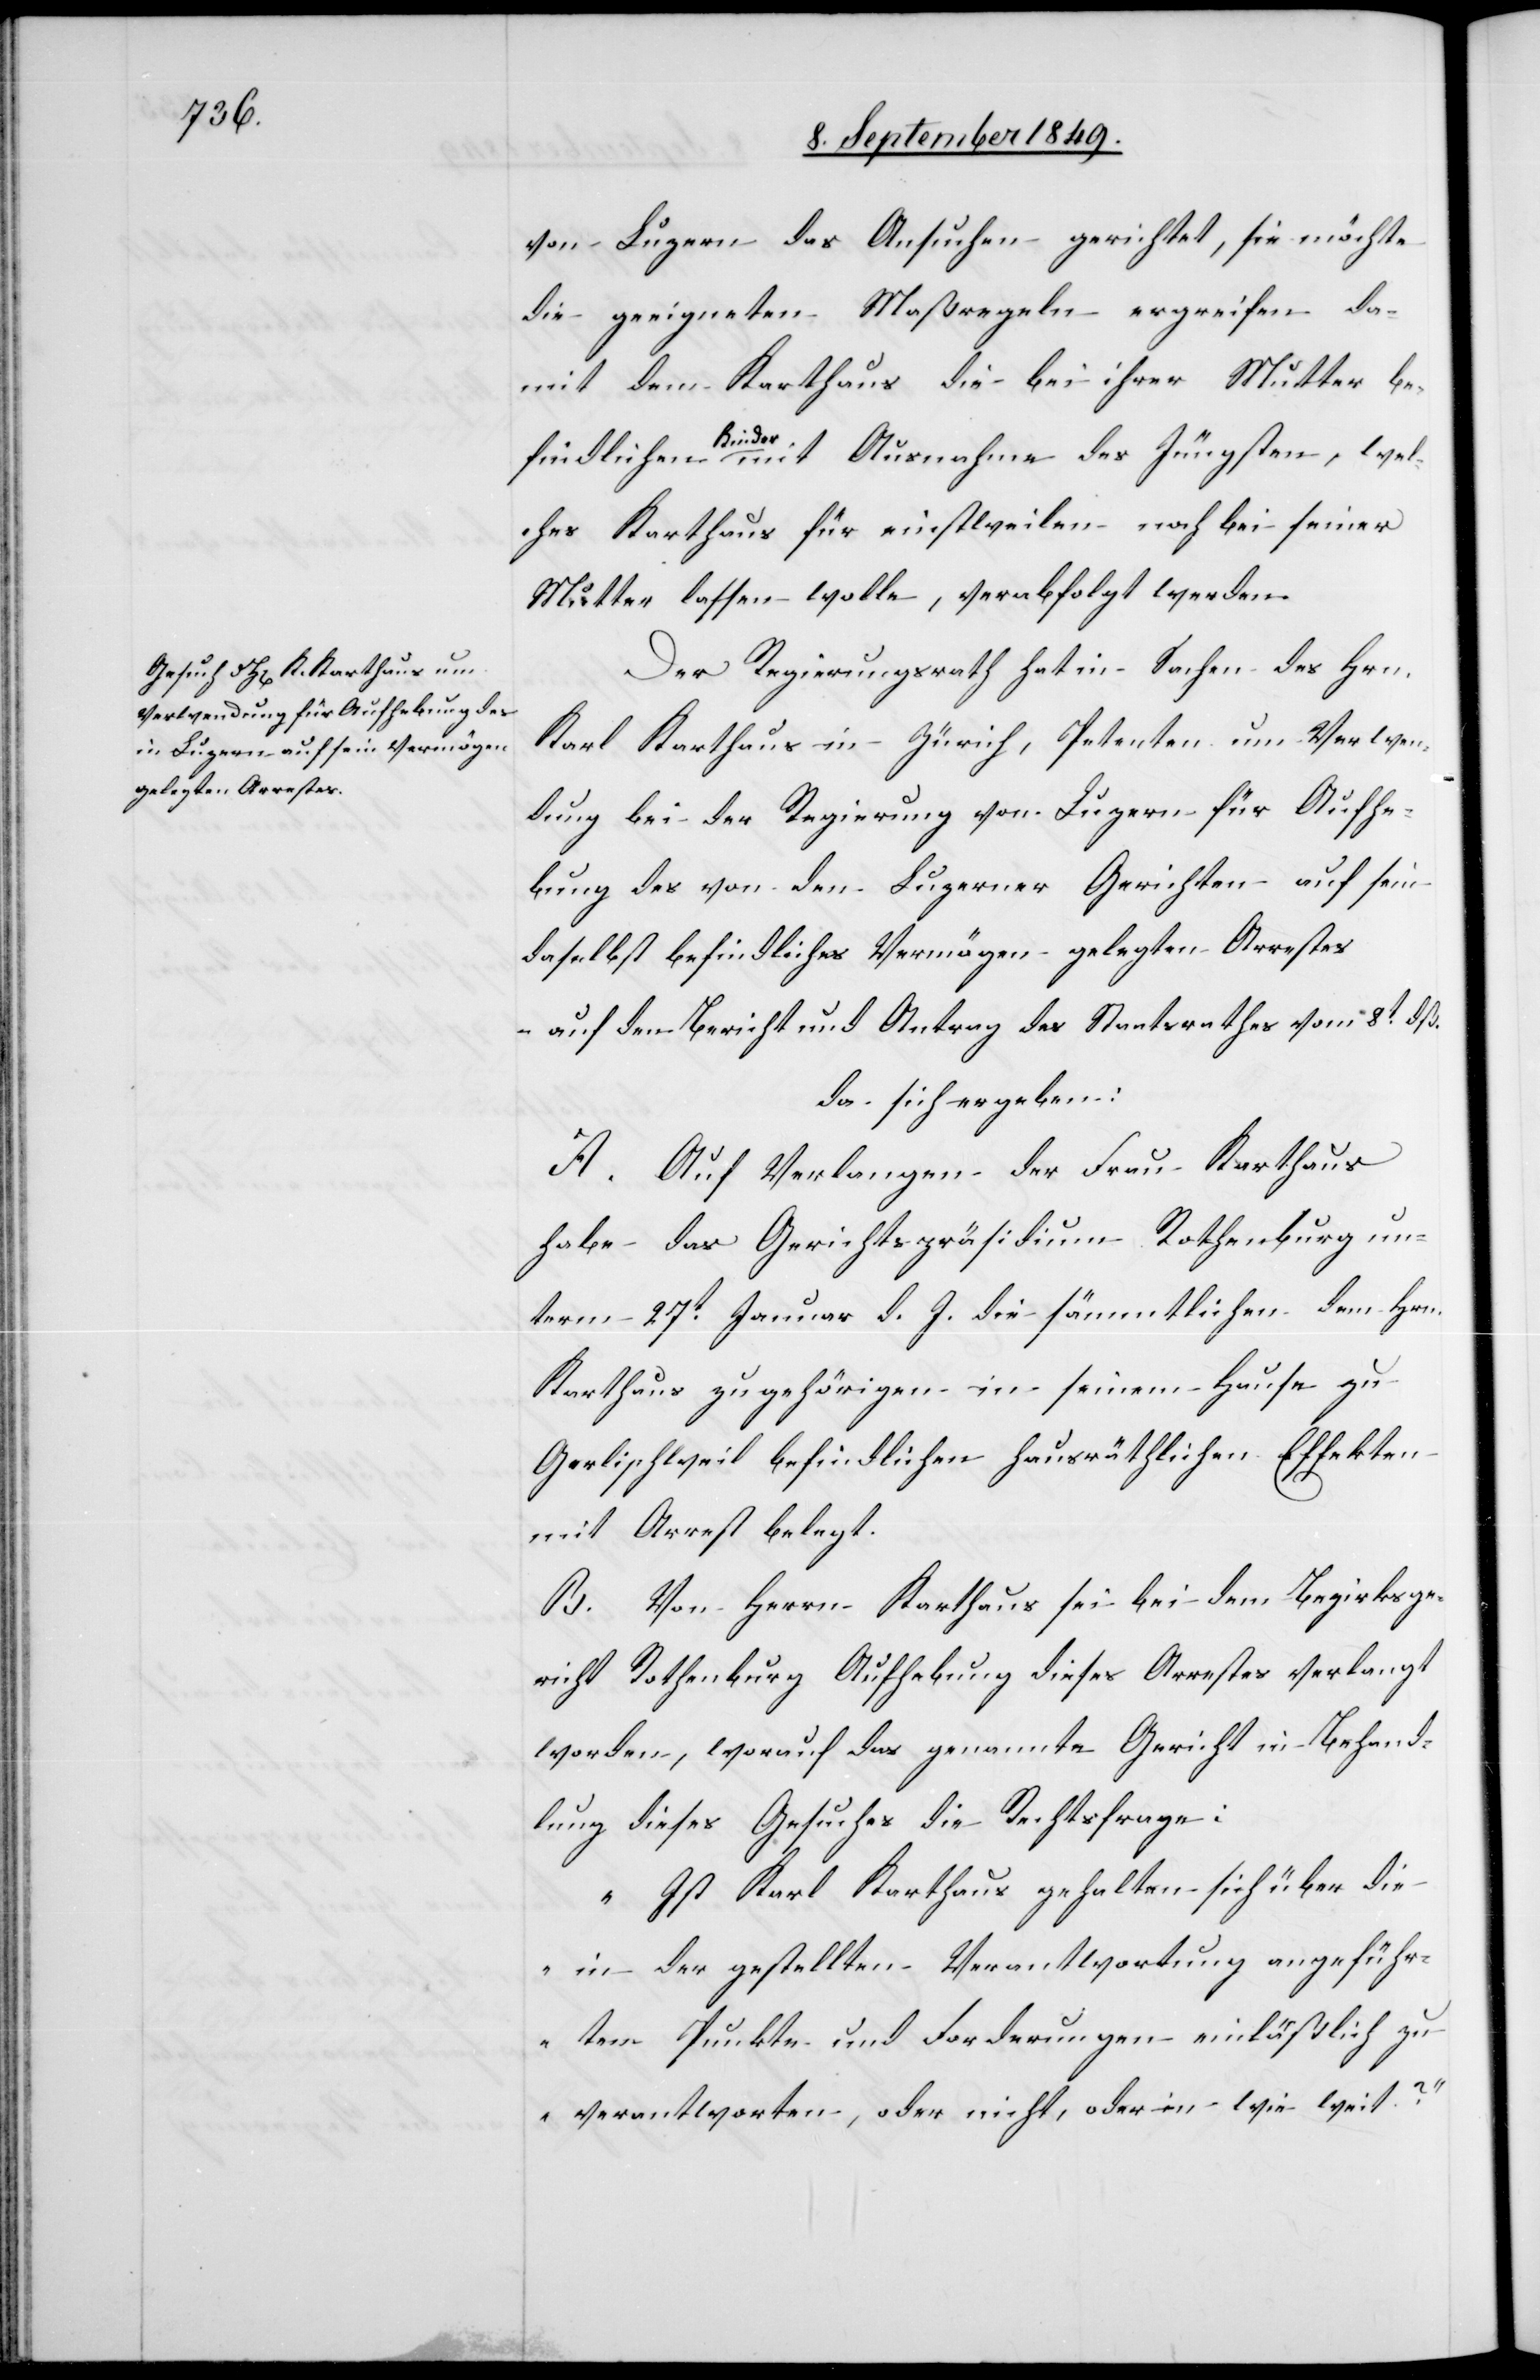
von Luzern das Ansuchen gerichtet, sie möchte
die geeigneten Maßregeln ergreifen da¬
mit dem Karthaus die bei ihrer Mutter be¬
wel¬
ches Karthaus für einstweilen noch bei seiner
Mutter lassen wolle, verabfolgt werden.
Der Regierungsrath hat in Sachen des Hrn.
Karl Karthaus in Zürich, Petenten um Verwen¬
dung bei der Regierung von Luzern für Aufhe¬
bung des von den Luzerner Gerichten auf sein
daselbst befindliches Vermögen gelegten Arrestes
auf den Bericht und Antrag des Staatsrathes vom 8t dß.
da sich ergeben:
A. Auf Verlangen der Frau Karthaus
habe das Gerichtspräsidium Rothenburg un¬
term 27t Januar d. J. die sämmtlichen dem Hrn.
Karthaus zugehörigen in seinem Hause zu
Gerlischweil befindlichen hausräthlichen Effekten
mit Arrest belegt.
B. Von Herrn Karthaus sei bei dem Bezirksge¬
richt Rothenburg Aufhebung dieses Arrestes verlangt
worden, worauf das genannte Gericht in Behand¬
lung dieses Gesuches die Rechtsfrage:
„Ist Karl Karthaus gehalten sich über die
in der gestellten Verantwortung angeführ¬
ten Punkte und Forderungen einläßlich zu
verantworten, oder nicht, oder in wie weit?“